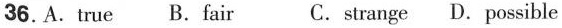
36.A. true B. fair C. strange D. possible